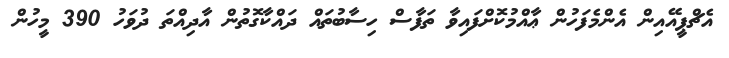
އެޗްޕީއޭއިން އެންމެފަހުން ޢާއްމުކޮށްފައިވާ ތަފާސް ހިސާބުތައް ދައްކާގޮތުން އާދިއްތަ ދުވަހު 390 މީހުން